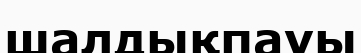
шалдықпауы